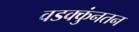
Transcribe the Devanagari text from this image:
वडक्कुंनतन